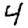
Digit: 4